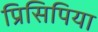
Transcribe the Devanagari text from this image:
प्रिसिपिया